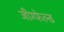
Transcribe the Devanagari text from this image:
जीग्फेल्ड